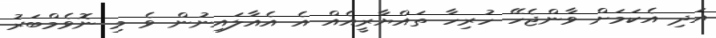
އަދި އެކަމަށް ވާންޖެހޭ ހުރިހާ ތައްޔާރީއެއް އެ އެއާލައިނުން ވެ މި ނޮވެމްބަރު